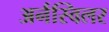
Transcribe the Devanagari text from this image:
अर्नस्विलर